Report of the Indian Hemp Drugs Commission, 1894-1895 - Volume V
Year: 1894
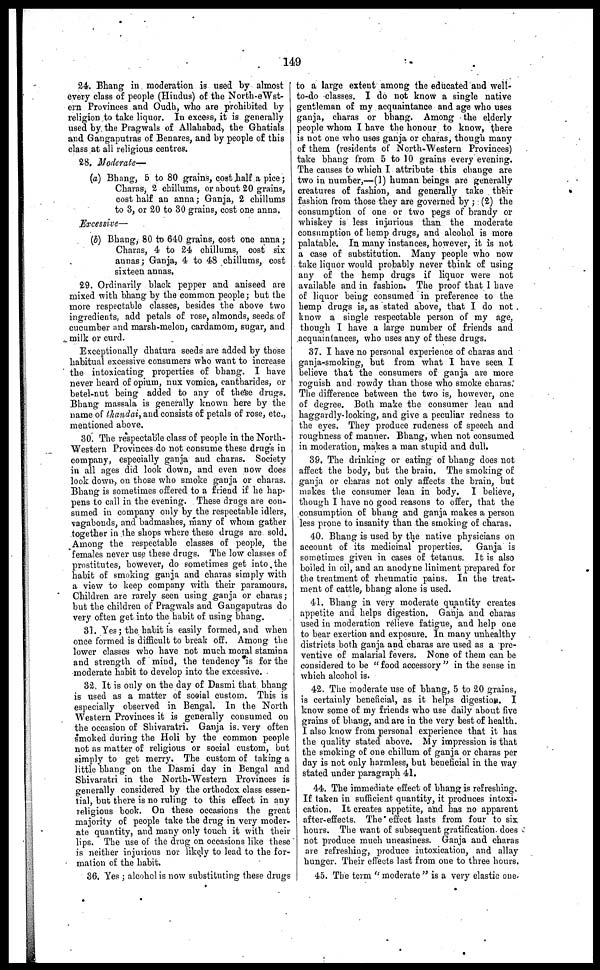
149
24. Bhang in moderation is used by almost
every class of people (Hindus) of the North-eWst-
ern Provinces and Oudh, who are prohibited by
religion to take liquor. In excess, it is generally
used by the Pragwals of Allahabad, the Ghatials
and Gangaputras of Benares, and by people of this
class at all religious centres.
28. Moderate—
(a) Bhang, 5 to 80 grains, cost half a pice;
Charas, 2 chillums, or about 20 grains,
cost half an anna; Ganja, 2 chillums
to 3, or 20 to 30 grains, cost one anna.
Excessive—
(b) Bhang, 80 to 640 grains, cost one anna;
Charas, 4 to 24 chillums, cost six
annas; Ganja, 4 to 48 chillums, cost
sixteen annas.
29. Ordinarily black pepper and aniseed are
mixed with bhang by the common people; but the
more respectable classes, besides the above two
ingredients, add petals of rose, almonds, seeds of
cucumber and marsh-melon, cardamom, sugar, and
milk or curd.
Exceptionally dhatura seeds are added by those
habitual excessive consumers who want to increase
the intoxicating properties of bhang. I have
never heard of opium, nux vomica, cantharides, or
betel-nut being added to any of these drugs.
Bhang massala is generally known here by the
name of thandai, and consists of petals of rose, etc.,
mentioned above.
30. The respectable class of people in the North-
Western Provinces do not consume these drugs in
company, especially ganja and charas. Society
in all ages did look down, and even now does
look down, on those who smoke ganja or charas.
Bhang is sometimes offered to a friend if he hap-
pens to call in the evening. These drugs are con-
sumed in company only by the respectable idlers,
vagabonds, and badmashes, many of whom gather
together in the shops where these drugs are sold.
Among the respectable classes of people, the
females never use these drugs. The low classes of
prostitutes, however, do sometimes get into the
habit of smoking ganja and charas simply with
a view to keep company with their paramours.
Children are rarely seen using ganja or charas;
but the children of Pragwals and Gangaputras do
very often get into the habit of using bhang.
31. Yes; the habit is easily formed, and when
once formed is difficult to break off. Among the
lower classes who have not much moral stamina
and strength of mind, the tendency is for the
moderate habit to develop into the excessive.
32. It is only on the day of Dasmi that bhang
is used as a matter of social custom. This is
especially observed in Bengal. In the North
Western Provinces it is generally consumed on
the occasion of Shivaratri. Ganja is. very often
smoked during the Holi by the common people
not as matter of religious or social custom, but
simply to get merry. The custom of taking a
little bhang on the Dasmi day in Bengal and
Shivaratri in the North-Western Provinces is
generally considered by the orthodox class essen-
tial, but there is no ruling to this effect in any
religious book. On these occasions the great
majority of people take the drug in very moder-
ate quantity, and many only touch it with their
lips. The use of the drug on occasions like these
is neither injurious nor likely to lead to the for-
mation of the habit,
36. Yes; alcohol is now substituting these drugs
to a large extent among the educated and well-
to-do classes. I do not know a single native
gentleman of my acquaintance and age who uses
ganja, charas or bhang. Among the elderly
people whom I have the honour to know, there
is not one who uses ganja or charas, though many
of them (residents of North-Western Provinces)
take bhang from 5 to 10 grains every evening.
The causes to which I attribute this change are
two in number,—(1) human beings are generally
creatures of fashion, and generally take their
fashion from those they are governed by; (2) the
consumption of one or two pegs of brandy or
whiskey is less injurious than the moderate
consumption of hemp drugs, and alcohol is more
palatable. In many instances, however, it is not
a case of substitution. Many people who now
take liquor would probably never think of using
any of the hemp drugs if liquor were not
available and in fashion. The proof that I have
of liquor being consumed in preference to the
hemp drugs is, as stated above, that I do not
know a single respectable person of my age,
though I have a large number of friends and
acquaintances, who uses any of these drugs.
37. I have no personal experience of charas and
ganja-smoking, but from what I have seen I
believe that the consumers of ganja are more
roguish and rowdy than those who smoke charas.
The difference between the two is, however, one
of degree. Both make the consumer lean and
haggardly-looking, and give a peculiar redness to
the eyes. They produce rudeness of speech and
roughness of manner. Bhang, when not consumed
in moderation, makes a man stupid and dull.
39. The drinking or eating of bhang does not
affect the body, but the brain. The smoking of
ganja or charas not only affects the brain, but
makes the consumer lean in body. I believe,
though I have no good reasons to offer, that the
consumption of bhang and ganja makes a person
less prone to insanity than the smoking of charas.
40. Bhang is used by the native physicians on
account of its medicinal properties. Ganja is
sometimes given in cases of tetanus. It is also
boiled in oil, and an anodyne liniment prepared for
the treatment of rheumatic pains. In the treat-
ment of cattle, bhang alone is used.
41. Bhang in very moderate quantity creates
appetite and helps digestion. Ganja and charas
used in moderation relieve fatigue, and help one
to bear exertion and exposure. In many unhealthy
districts both ganja and charas are used as a pre-
ventive of malarial fevers. None of them can be
considered to be "food accessory" in the sense in
which alcohol is.
42. The moderate use of bhang, 5 to 20 grains,
is certainly beneficial, as it helps digestion. I
know some of my friends who use daily about five
grains of bhang, and are in the very best of health.
I also know from personal experience that it has
the quality stated above. My impression is that
the smoking of one chillum of ganja or charas per
day is not only harmless, but beneficial in the way
stated under paragraph 41.
44. The immediate effect of bhang is refreshing.
If taken in sufficient quantity, it produces intoxi-
cation. It creates appetite, and has no apparent
after-effects. The effect lasts from four to six
hours. The want of subsequent gratification does
not produce much uneasiness. Ganja and charas
are refreshing, produce intoxication, and allay
hunger. Their effects last from one to three hours.
45. The term "moderate" is a very elastic one.